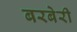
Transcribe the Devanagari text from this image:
बरबेरी